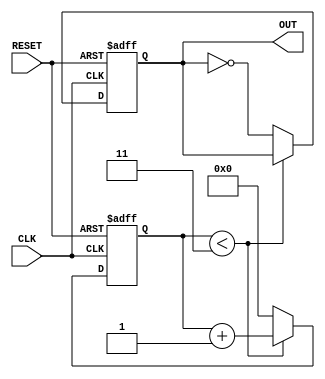
module FrequencyDividerCounter #(
    parameter N = 4 // Division factor, configurable parameter
)(
    input wire CLK,          // Input clock signal
    input wire RESET,        // Reset signal
    output reg OUT           // Output signal
);

    reg [31:0] count;        // Counter to keep track of clock cycles

    // Always block triggered on the rising edge of the clock or the reset signal
    always @(posedge CLK or posedge RESET) begin
        if (RESET) begin
            count <= 0;      // Reset the counter to 0
            OUT <= 0;        // Reset the output signal
        end else begin
            if (count < N-1) begin
                count <= count + 1; // Increment the counter
            end else begin
                count <= 0;          // Reset the counter
                OUT <= ~OUT;         // Toggle the output signal
            end
        end
    end

endmodule